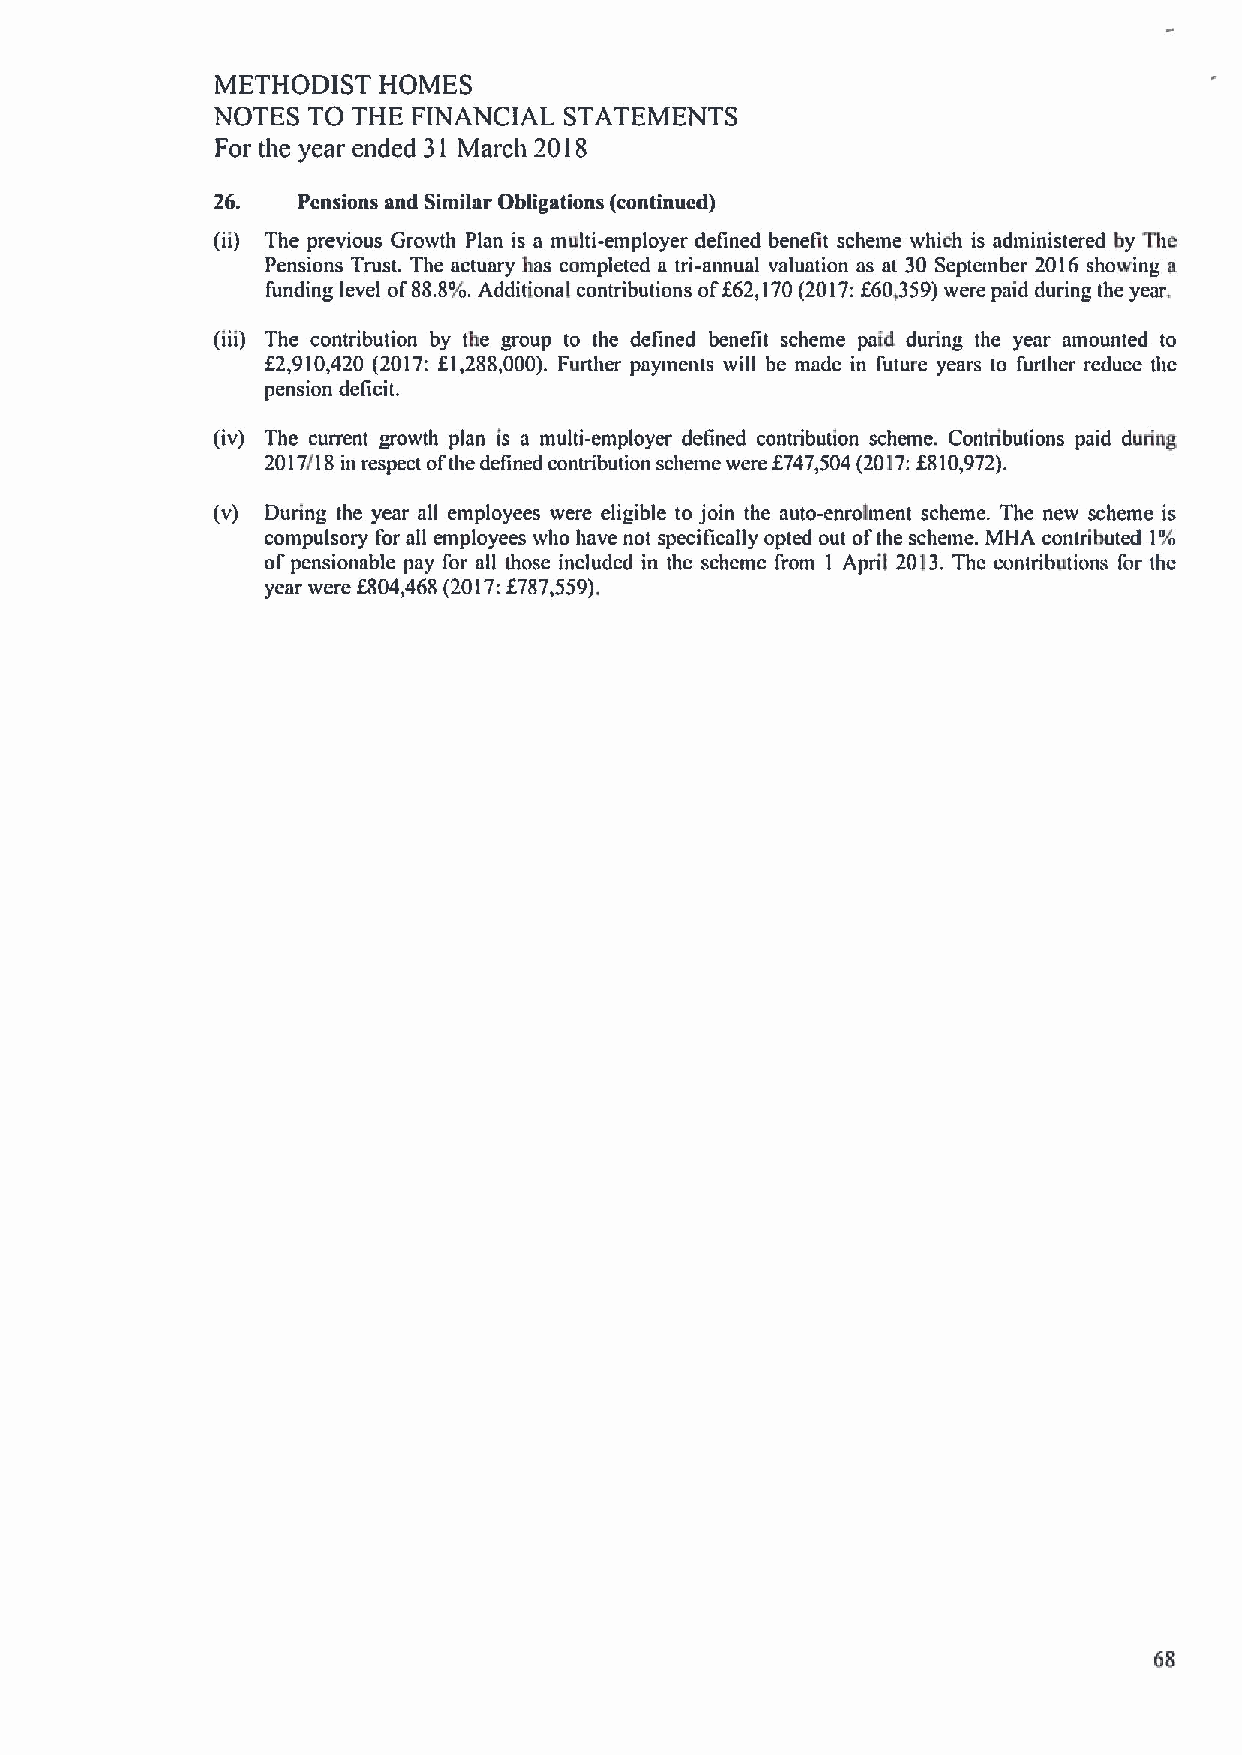
METHODIST  HOMES
 NOTES TO THE FINANCIAL STATEMENTS
 For the year ended 31 March 2018
 26.   Pensions and Similar Obligations (continued)
 (ii) The previous Growth Plan is a multi-employer defined benefit scheme which is administered by The
 Pensions Trust. The actuary has completed a tri-annual valuation as at 30 September 2016 showing a
 funding level of88.8%.Additional contributions off62,170(2017:f60,359)were paid during the year.
 (iii) The contribution by the group to the defined benefit scheme patd during the year amounted to
 f2,910,420 (2017:f1,288,000). Further payments will be made in future years to further reduce the
 pension deficit.
 (iv) The current growth plan is a multi-employer defined contribution scheme. Contributions paid dudng
 f         f
 2017/18in respect ofthe defined contribution scheme were 747,504(2017: 810,972).
 (v) During the year all employees were eligible to join the auto-enrolment scheme. The new scheme is
 compulsory for all employees who have not specifically opted out ofthe schetne. MHA contributed 1%
 ofpensionable pay for all those included in the scheme from 1 April 2013.The contributions for the
 year were f804,468 (2017:f787,559).
 68